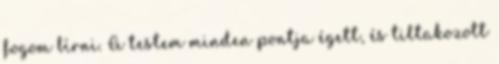
fogom bírni. A testem minden pontja égett, és tiltakozott